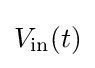
V_{\mathrm {in} }(t)